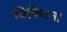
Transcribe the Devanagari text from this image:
विकिरन।